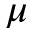
\mu